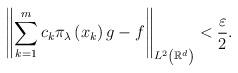
LaTeX: \begin{align*}\left\Vert \sum_{k=1}^{m}c_{k}\pi_{\lambda}\left( x_{k}\right)g-f\right\Vert _{L^{2}\left(\mathbb{R}^{d}\right) }<\frac{\varepsilon}{2}.\end{align*}